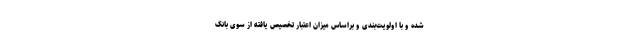
شده و با اولویت‌بندی و براساس میزان اعتبار تخصیص یافته از سوی بانک